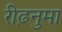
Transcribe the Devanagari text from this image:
रीढ़नुमा